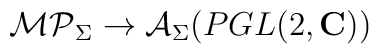
{\cal MP}_\Sigma  \rightarrow {\cal A}_{\Sigma}(PGL(2,{\bf C}))